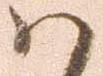
ハ